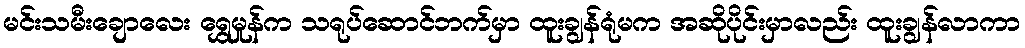
မင်းသမီးချောလေး ရွှေမှုန်က သရုပ်ဆောင်ဘက်မှာ ထူးချွန်ရုံမက အဆိုပိုင်းမှာလည်း ထူးချွန်လာကာ